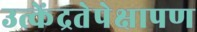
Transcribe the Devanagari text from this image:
उत्केंद्रतेपेक्षापण